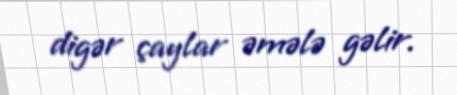
digər çaylar əmələ gəlir.